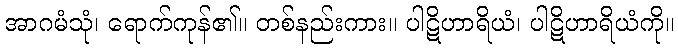
အာဂမံသုံ၊ ရောက်ကုန်၏။ တစ်နည်းကား။ ပါဋိဟာရိယံ၊ ပါဋိဟာရိယံကို။